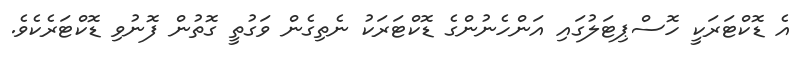
އެ ޑޮކްޓަރަކީ ހޮސްޕިޓަލުގައި އަންހެނުންގެ ޑޮކްޓަރަކު ނެތިގެން ވަގުތީ ގޮތުން ފޮނުވި ޑޮކްޓަރެކެވެ.